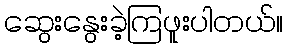
ဆွေးနွေးခဲ့ကြဖူးပါတယ်။